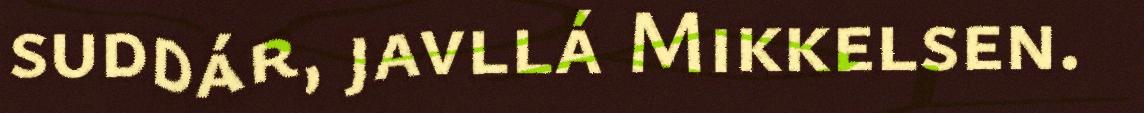
suddár, javllá Mikkelsen.